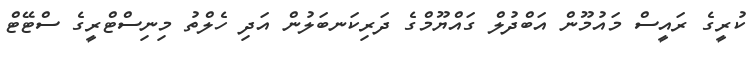
ކުރީގެ ރައީސް މައުމޫން އަބްދުލް ގައްޔޫމްގެ ދަރިކަނބަލުން އަދި ހެލްތު މިނިސްޓްރީގެ ސްޓޭޓް